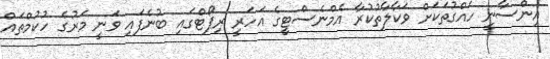
އިންސާނީ ހައްގުތަކަށް ވަކާލާތުކުރާ އެމްނެސްޓީގެ އަހަރީ ރިޕޯޓްގައި ބުނެފައި ވަނީ މަރުުގެ ހުކުމްތައް